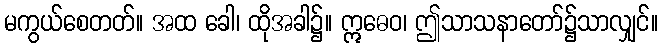
မကွယ်စေတတ်။ အထ ခေါ၊ ထိုအခါ၌။ ဣဓေဝ၊ ဤသာသနာတော်၌သာလျှင်။